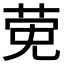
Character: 𬝂